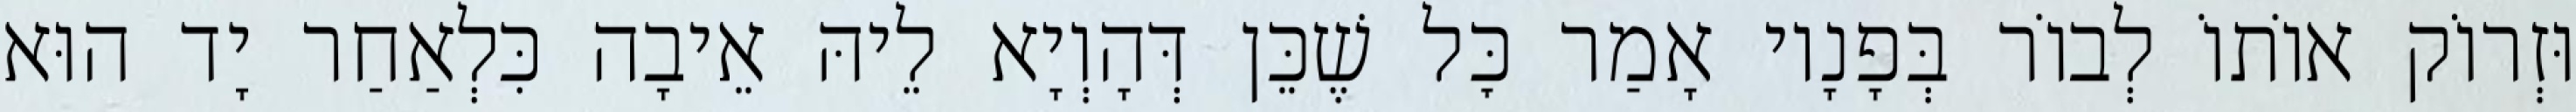
וּזְרוֹק אוֹתוֹ לְבוֹר בְּפָנָיו אָמַר כׇּל שֶׁכֵּן דְּהָוְיָא לֵיהּ אֵיבָה כִּלְאַחַר יָד הוּא